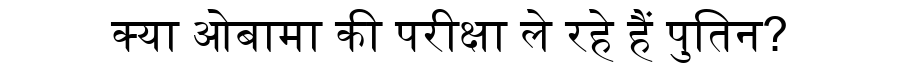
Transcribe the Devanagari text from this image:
क्या ओबामा की परीक्षा ले रहे हैं पुतिन?